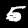
Label: 5